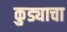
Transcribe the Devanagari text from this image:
कुड्याचा